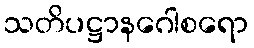
သတိပဋ္ဌာနဂေါစရော